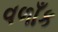
વળાઁક